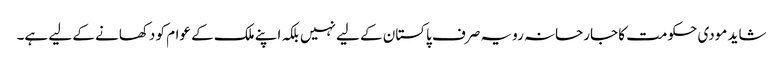
شاید مودی حکومت کا جارحانہ رویہ صرف پاکستان کے لیے نہیں بلکہ اپنے ملک کے عوام کو دکھانے کے لیے ہے۔